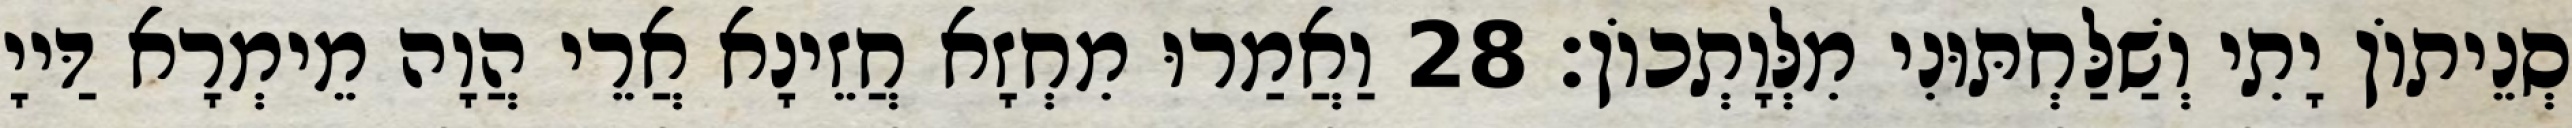
סְנֵיתוֹן יָתִי וְשַׁלַּחְתּוּנִי מִלְּוָתְכוֹן׃ 28 וַאֲמַרוּ מִחְזָא חֲזֵינָא אֲרֵי הֲוָה מֵימְרָא דַּייָ